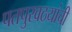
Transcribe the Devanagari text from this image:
पतपुरवठयांची